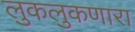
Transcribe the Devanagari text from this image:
लुकलुकणारा